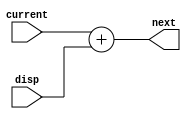
module add_x(input [15:0] current, input [15:0] disp, output [15:0] next);
assign next = current + disp;
endmodule